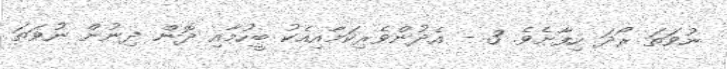
ނުވަތަ ރޯދަ ހިފާށެވެ. 3 - އެދުންވެރިކަމާއިއެކު ބީހުމާއި ދޮން ދިނުން ނުވަތަ